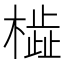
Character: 𬄢